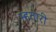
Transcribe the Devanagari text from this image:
म्हतारी